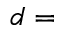
d =